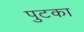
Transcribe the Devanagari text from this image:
पुटका